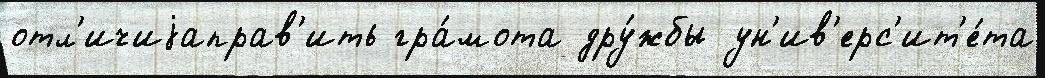
отл'ичиjаправ'ить гра́мота дру́жбы ун'ив'ерс'ит'е́та